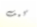
كيف